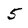
Character: 5